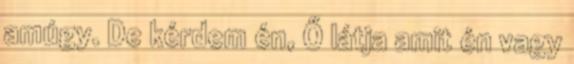
amúgy. De kérdem én, Ő látja amit én vagy